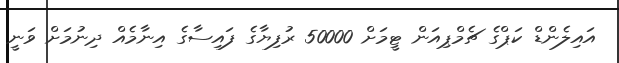
އައިލެންޑް ކަޕްގެ ޗެމްޕިއަން ޓީމަށް 50000 ރުފިޔާގެ ފައިސާގެ އިނާމެއް ދިނުމަށް ވަނީ